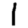
Digit: 1